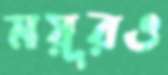
ময়ূরও